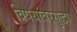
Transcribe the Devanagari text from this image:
विषयांवरसुद्धा